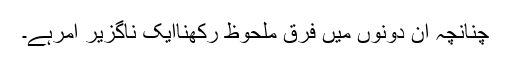
چنانچہ ان دونوں میں فرق ملحوظ رکھناایک ناگزیر امرہے۔